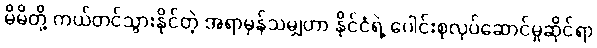
မိမိတို့ ကယ်တင်သွားနိုင်တဲ့ အရာမှန်သမျှဟာ နိုင်ငံရဲ့ ပေါင်းစုလုပ်ဆောင်မှုဆိုင်ရာ